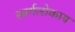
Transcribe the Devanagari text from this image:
स्वर्गलोकाय